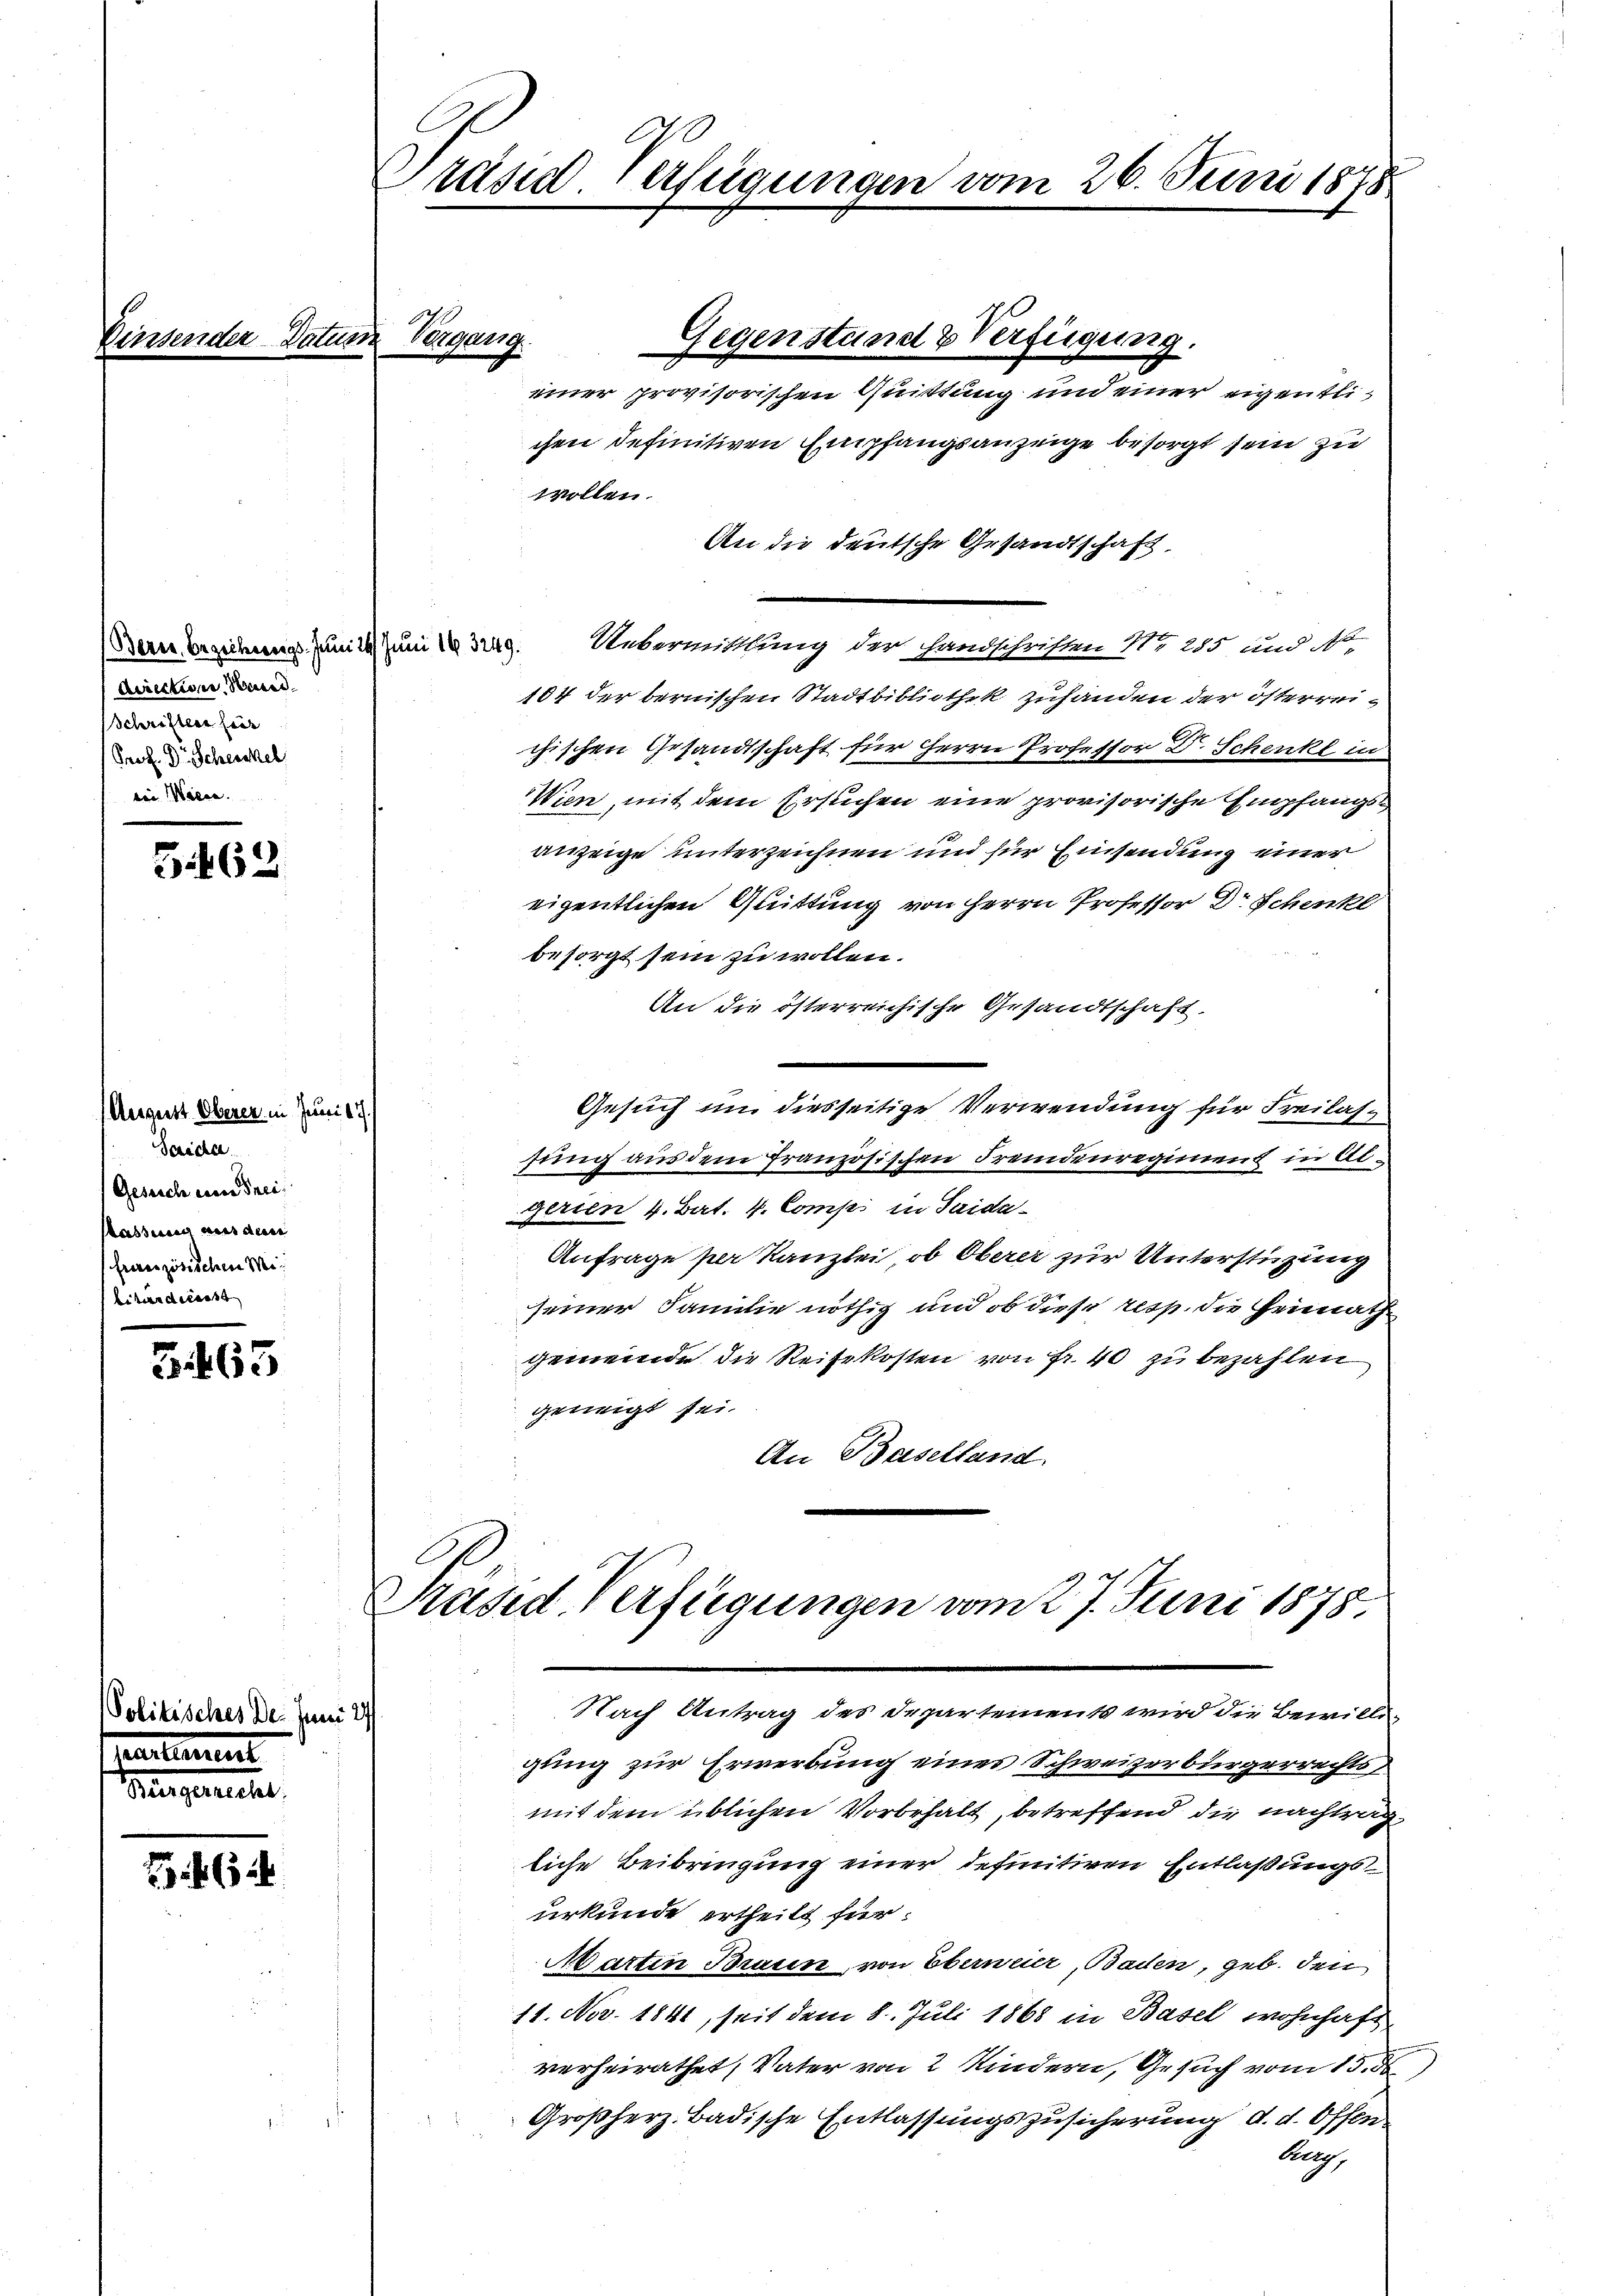
1

(Bern Erziehungs Juni 14. Juni 193249.
diective Stand.
Schriften für
Prof. Dr Scheickel
vin Wiene.

August Oberer in Juni
Saidler.
Gesuch um Freifassung aus den
französischen Militerndecass

blitt

5.163

B 465

u

e

624

sches Der Juni

Präsid. Verfügungen vom 26. Juni 1878

Vergang

einer provisorischen Quittung und einer eigentlichen definitiven Empfangsanzeige besorgt sein zu
wollen.
An die deutsche Gesandtschaft,
Uebermittlung der Handschriften Nr. 285 und No.
104 der bernischen Stadtbibliothek zuhanden der österreichischen Gesandtschaft für Herrn Professor Dr. Schenk in
Wien, mit dem Ersuchen eine provisorische Empfangsanzeige unterzeichnen und für Einsendung einer
eigentlichen Quittung von Herrn Professor Dr Schenkl
besorgt sein zu wollen.
An die österreichische Gesandtschaft.
Gesuch um diesseitige Verwendung für Freilassung aus dem französischen Fremdenregiment in Algerien 4. Bat. 4. Comp in Saida¬
Anfrage per Kanzlei, ob Oberer zur Unterstützung
seiner Familie nöthig und ob diese resp. die Heimathgemeinde die Reisekosten von fr. 40 zu bezahlen
geneigt sei.
An Baselland
Präsid Verfügungen vom 27. Juni 1875.
Nach Antrag des Departements wird die Bewillen
gung zur Erwerbung eines Schweizerbürgerrechtsmit dem üblichen Vorbehalt, betreffend die nachtragliche Beibringung einer definitiven Entlaßungsurkunde ertheilt für
Martin Braun, von Oberweier, Baden, geb. den
11. Nov. 1841, seit dem 8. Juli 1868 in Basel wohnhaft
verheirathet, Vater von 2 Kindern, Gesuch vom 15. ds.
Großherz. Badische Entlassungszusicherung d. d. Offen
Aug

Gegenstand & Verfügung.